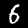
Label: 6